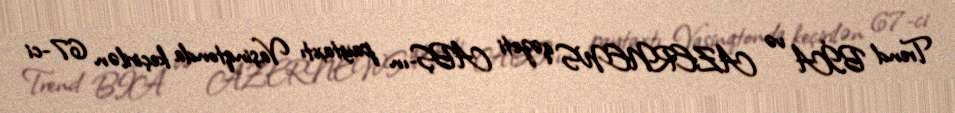
Trend BİA və AZERNEWS qəzeti ABŞ-ın paytaxtı Vaşinqtonda keçirilən 67-ci